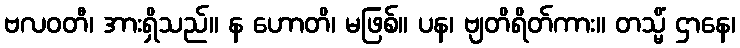
ဗလဝတီ၊ အားရှိသည်။ န ဟောတိ၊ မဖြစ်။ ပန၊ ဗျတိရိတ်ကား။ တသ္မိံ ဌာနေ၊